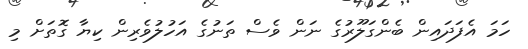
ހަމަ އެފަދައިން ބެންގަލޫރުގެ ނަން ވެސް ތަނުގެ އަހުލުވެރިން ކިޔާ ގޮތަށް މި